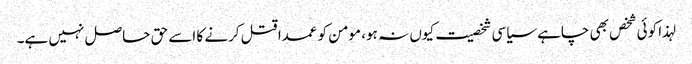
لہذا کوئی شخص بھی چاہے سیاسی شخصیت کیوں نہ ہو، مومن کو عمدا قتل کرنے کا اسے حق حاصل نہیں ہے۔